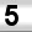
Digit: 5